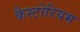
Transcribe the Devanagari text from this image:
कैस्टोरियम